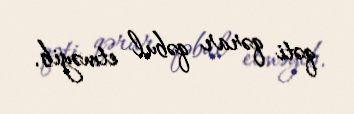
qəti qərar qəbul etməyib.